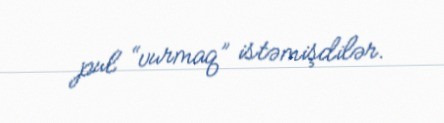
pul “vurmaq” istəmişdilər.